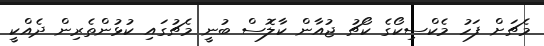
މެޗަށް ފަހު މެކްސިކޯގެ ކޯޗު ޖުއާން ކާލޮސް ބުނީ މެޗުގައި ކުޅުންތެރިން ދެއްކީ